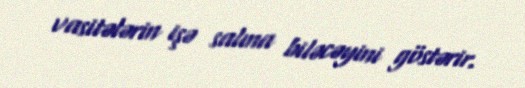
vasitələrin işə salına biləcəyini göstərir.